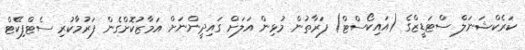
ކަރެކްޝަނަލް ސްޓަޑީޒްގެ (އައިކޯސްޓް) ފަރާތުން މުޅިން އަލަށް ގައިދީންނަށް އަމާޒުކޮށްގެން ފަރުމާކުރި ސެޓްފިކޭޓް